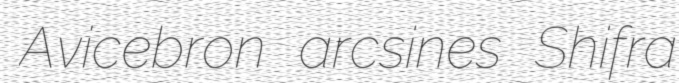
Avicebron arcsines Shifra